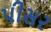
પીસર